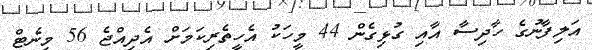
އަލިފާނުގެ ހާދިސާ އާއި ގުޅިގެން 44 މީހަކު އެހީތެރިކަމަށް އެދިއްޖެ 56 މިނެޓް